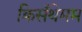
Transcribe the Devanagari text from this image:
क्रिसँथेमम